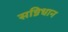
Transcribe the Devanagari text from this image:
सन्निधान